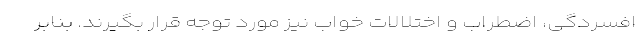
افسردگی، اضطراب و اختلالات خواب نیز مورد توجه قرار بگیرند. بنابر